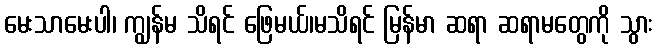
မေးသာမေးပါ၊ ကျွန်မ သိရင် ဖြေမယ်၊မသိရင် မြန်မာ ဆရာ ဆရာမတွေကို သွား